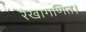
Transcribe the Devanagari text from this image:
रेखागणित।